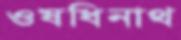
ওষধিনাথ